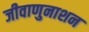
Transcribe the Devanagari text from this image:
जीवाणुनाशन